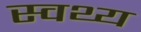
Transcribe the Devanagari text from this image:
स्वथ्य